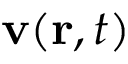
\mathbf { v } ( \mathbf { r } , t )